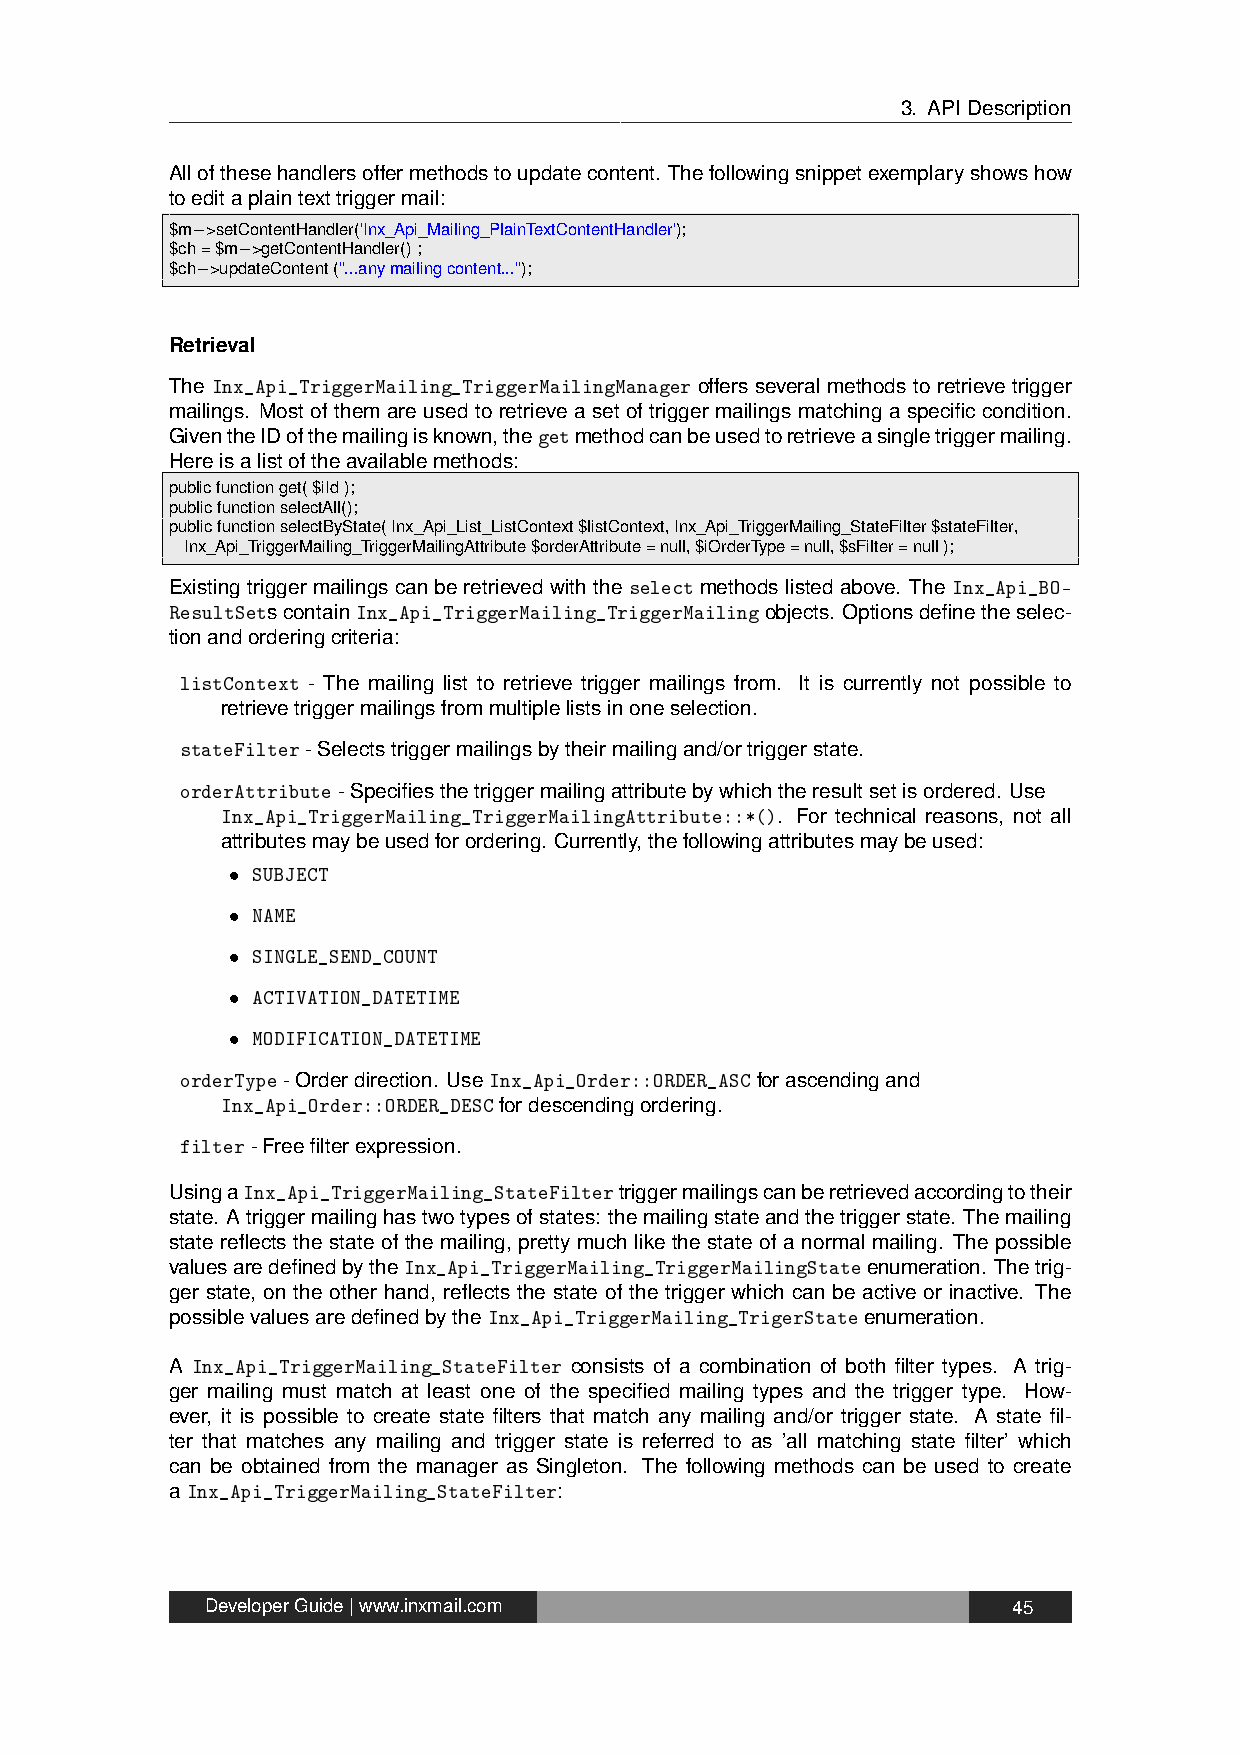
3. APIDescription
 Allofthesehandlersoffermethodstoupdatecontent. Thefollowingsnippetexemplaryshowshow
 toeditaplaintexttriggermail:
 $m−>setContentHandler('Inx_Api_Mailing_PlainTextContentHandler');
 $ch=$m−>getContentHandler();
 $ch−>updateContent("...anymailingcontent...");
 Retrieval
 The Inx_Api_TriggerMailing_TriggerMailingManager offers several methods to retrieve trigger
 mailings. Most of them are used to retrieve a set of trigger mailings matching a specific condition.
 GiventheIDofthemailingisknown,thegetmethodcanbeusedtoretrieveasingletriggermailing.
 Hereisalistoftheavailablemethods:
 publicfunctionget($iId);
 publicfunctionselectAll();
 publicfunctionselectByState(Inx_Api_List_ListContext$listContext,Inx_Api_TriggerMailing_StateFilter$stateFilter,
 Inx_Api_TriggerMailing_TriggerMailingAttribute$orderAttribute=null,$iOrderType=null,$sFilter=null);
 Existingtriggermailingscanberetrievedwiththeselectmethodslistedabove. TheInx_Api_BO-
 ResultSetscontainInx_Api_TriggerMailing_TriggerMailingobjects. Optionsdefinetheselec-
 tionandorderingcriteria:
 listContext - The mailing list to retrieve trigger mailings from. It is currently not possible to
 retrievetriggermailingsfrommultiplelistsinoneselection.
 stateFilter-Selectstriggermailingsbytheirmailingand/ortriggerstate.
 orderAttribute-Specifiesthetriggermailingattributebywhichtheresultsetisordered. Use
 Inx_Api_TriggerMailing_TriggerMailingAttribute::*(). For technical reasons, not all
 attributesmaybeusedforordering. Currently,thefollowingattributesmaybeused:
 • SUBJECT
 • NAME
 • SINGLE_SEND_COUNT
 • ACTIVATION_DATETIME
 • MODIFICATION_DATETIME
 orderType-Orderdirection. UseInx_Api_Order::ORDER_ASCforascendingand
 Inx_Api_Order::ORDER_DESCfordescendingordering.
 filter-Freefilterexpression.
 UsingaInx_Api_TriggerMailing_StateFiltertriggermailingscanberetrievedaccordingtotheir
 state. Atriggermailinghastwotypesofstates: themailingstateandthetriggerstate. Themailing
 state reflects the state of the mailing, pretty much like the state of a normal mailing. The possible
 valuesaredefinedbytheInx_Api_TriggerMailing_TriggerMailingStateenumeration. Thetrig-
 ger state, on the other hand, reflects the state of the trigger which can be active or inactive. The
 possiblevaluesaredefinedbytheInx_Api_TriggerMailing_TrigerStateenumeration.
 A Inx_Api_TriggerMailing_StateFilter consists of a combination of both filter types. A trig-
 ger mailing must match at least one of the specified mailing types and the trigger type. How-
 ever, it is possible to create state filters that match any mailing and/or trigger state. A state fil-
 ter that matches any mailing and trigger state is referred to as ’all matching state filter’ which
 can be obtained from the manager as Singleton. The following methods can be used to create
 aInx_Api_TriggerMailing_StateFilter:
 DeveloperGuide|www.inxmail.com                       45